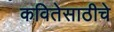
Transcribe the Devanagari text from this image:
कवितेसाठीचे